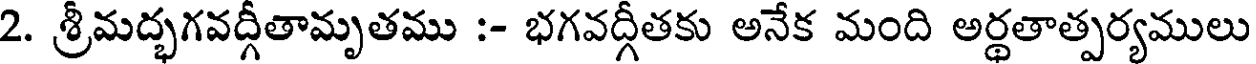
2. శ్రీమద్భగవద్గీతామృతము :- భగవద్గీతకు అనేక మంది అర్థతాత్పర్యములు